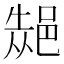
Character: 𮟾